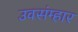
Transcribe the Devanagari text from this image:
उवसंम्हार